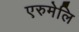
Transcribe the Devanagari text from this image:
एरुमेलि